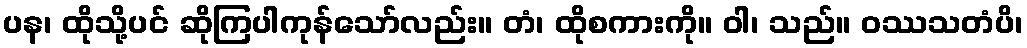
ပန၊ ထိုသို့ပင် ဆိုကြပါကုန်သော်လည်း။ တံ၊ ထိုစကားကို။ ဝါ၊ သည်။ ဝဿသတံပိ၊